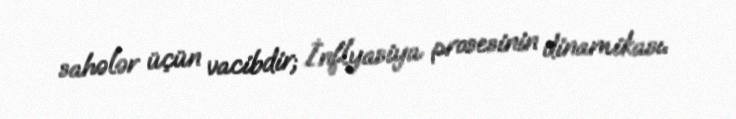
sahələr üçün vacibdir; İnflyasiya prosesinin dinamikası.